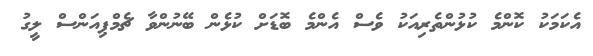
އެކަމަކު ކޮންމެ ކުޅުންތެރިއަކު ވެސް އެންމެ ބޮޑަށް ކުޅެން ބޭނުންވާ ޗެމްޕިއަންސް ލީގު